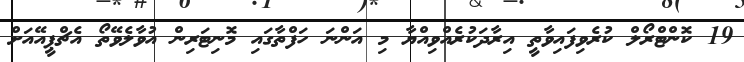
19 ކޮންޓްރޯލް ކުރެވިފައިވާތީ އިރާދަކުރެއްވިއްޔާ މި އަންނަ ހަފްތާގައި މޮނިޓަރިން އުވާލެވޭތޯ އެޗްޕީއޭއަށް